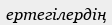
ертегілердің